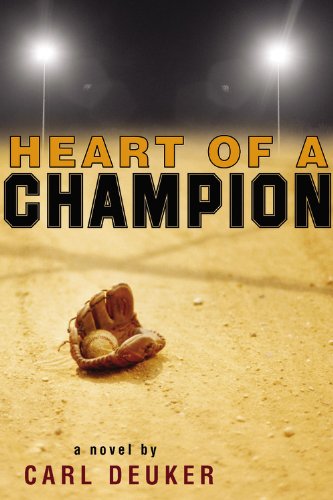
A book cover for Heart of a Champion; Carl Deuker; Teen & Young Adult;